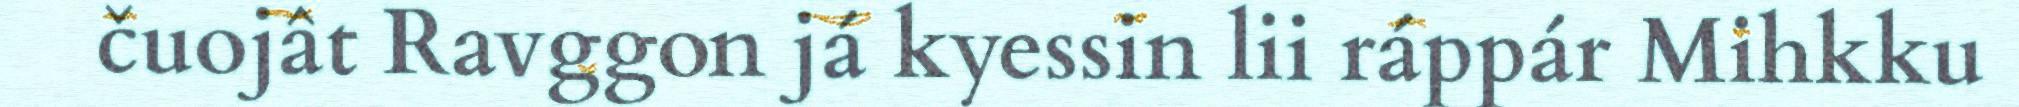
čuojât Ravggon já kyessin lii ráppár Mihkku